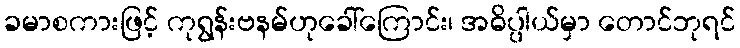
ခမာစကားဖြင့် ကုရွန်းဗနမ်ဟုခေါ်ကြောင်း၊ အဓိပ္ပါယ်မှာ တောင်ဘုရင်